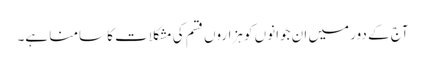
آج کے دور میں ان جوانوں کو ہزاروں قسم کی مشکلات کا سامنا ہے۔